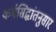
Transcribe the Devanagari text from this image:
कर्मसिद्धांतनुसार